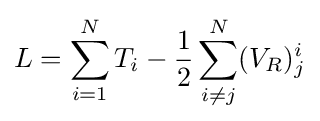
L=\sum _{i=1}^{N}T_{i}-{\frac {1}{2}}\sum _{i\neq j}^{N}(V_{R})_{j}^{i}